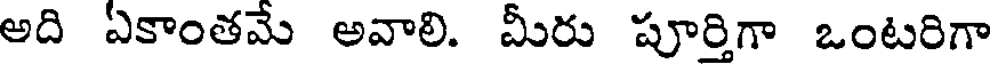
అది ఏకాంతమే అవాలి. మీరు పూర్తిగా ఒంటరిగా